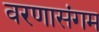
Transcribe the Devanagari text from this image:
वरणासंगम